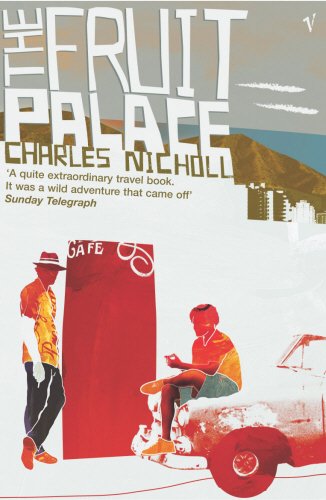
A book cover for The Fruit Palace; CHARLES NICHOLL; Travel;